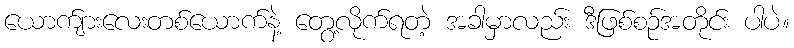
ယောက်ျားလေးတစ်ယောက်နဲ့ တွေ့လိုက်ရတဲ့ အခါမှာလည်း ဒီဖြစ်စဉ်အတိုင်း ပါပဲ။